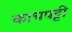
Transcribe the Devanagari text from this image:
काचपट्टी